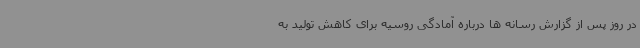
در روز پس از گزارش رسانه ها درباره آمادگی روسیه برای کاهش تولید به